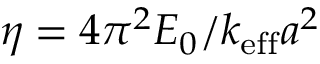
\eta = 4 \pi ^ { 2 } E _ { 0 } / k _ { \mathrm { e f f } } a ^ { 2 }